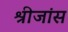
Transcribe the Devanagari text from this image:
श्रीजांस